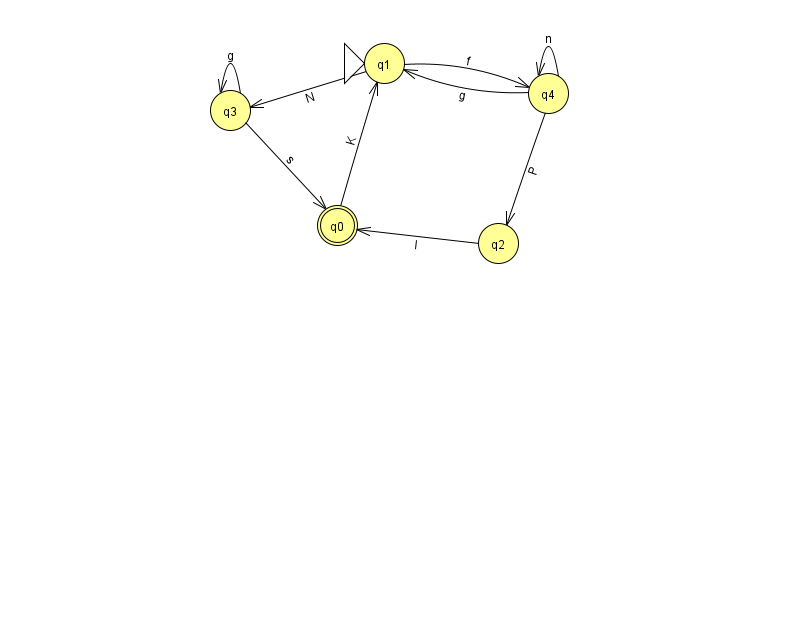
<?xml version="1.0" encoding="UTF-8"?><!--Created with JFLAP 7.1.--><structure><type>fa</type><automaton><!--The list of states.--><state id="0" name="q0"><x>337.0</x><y>212.0</y><final/></state><state id="1" name="q1"><x>384.0</x><y>50.0</y><initial/></state><state id="2" name="q2"><x>498.0</x><y>230.0</y></state><state id="3" name="q3"><x>230.0</x><y>97.0</y></state><state id="4" name="q4"><x>548.0</x><y>80.0</y></state><!--The list of transitions.--><transition><from>2</from><to>0</to><read>l</read></transition><transition><from>0</from><to>1</to><read>K</read></transition><transition><from>3</from><to>3</to><read>g</read></transition><transition><from>3</from><to>0</to><read>s</read></transition><transition><from>4</from><to>1</to><read>g</read></transition><transition><from>1</from><to>4</to><read>f</read></transition><transition><from>4</from><to>2</to><read>P</read></transition><transition><from>1</from><to>3</to><read>N</read></transition><transition><from>4</from><to>4</to><read>n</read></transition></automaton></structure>